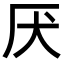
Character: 厌